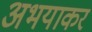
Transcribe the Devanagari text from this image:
अभयाकर